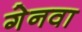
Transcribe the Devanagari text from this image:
गेनवा